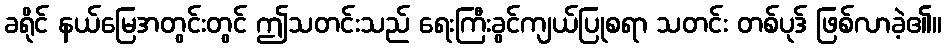
ခရိုင် နယ်မြေအတွင်းတွင် ဤသတင်းသည် ရေးကြီးခွင်ကျယ်ပြုစရာ သတင်း တစ်ပုဒ် ဖြစ်လာခဲ့၏။